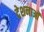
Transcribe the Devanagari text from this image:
देशनाओं